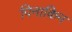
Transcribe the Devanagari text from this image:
पिनाकिन